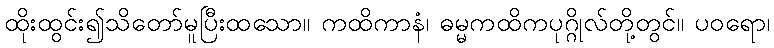
ထိုးထွင်း၍သိတော်မူပြီးထသော။ ကထိကာနံ၊ ဓမ္မကထိကပုဂ္ဂိုလ်တို့တွင်။ ပဝရော၊